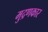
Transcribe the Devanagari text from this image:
मुद्रणकार